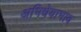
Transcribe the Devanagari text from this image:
अभिधेयाभाव